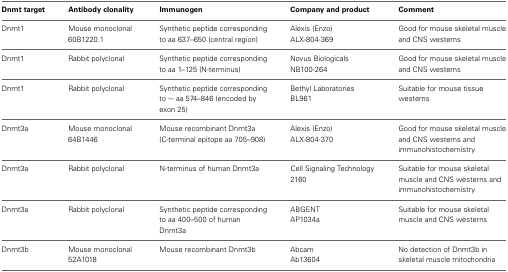
<table><thead><tr><td><b>Dnmt target</b></td><td><b>Antibody clonality</b></td><td><b>Immunogen</b></td><td><b>Company and product</b></td><td><b>Comment</b></td></tr></thead><tbody><tr><td>Dnmt1</td><td>Mouse monoclonal 60B1220.1</td><td>Synthetic peptide corresponding to aa 637–650 (central region)</td><td>Alexis (Enzo) ALX-804-369</td><td>Good for mouse skeletal muscle and CNS westerns</td></tr><tr><td>Dnmt1</td><td>Rabbit polyclonal</td><td>Synthetic peptide corresponding to aa 1–125 (N-terminus)</td><td>Novus Biologicals NB100-264</td><td>Good for mouse skeletal muscle and CNS westerns</td></tr><tr><td>Dnmt1</td><td>Rabbit polyclonal</td><td>Synthetic peptide corresponding to ~ aa 574–846 (encoded by exon 25)</td><td>Bethyl Laboratories BL961</td><td>Suitable for mouse tissue westerns</td></tr><tr><td>Dnmt3a</td><td>Mouse monoclonal 64B1446</td><td>Mouse recombinant Dnmt3a (C-terminal epitope aa 705–908)</td><td>Alexis (Enzo) ALX-804-370</td><td>Good for mouse skeletal muscle and CNS westerns and immunohistochemistry</td></tr><tr><td>Dnmt3a</td><td>Rabbit polyclonal</td><td>N-terminus of human Dnmt3a</td><td>Cell Signaling Technology 2160</td><td>Suitable for mouse skeletal muscle and CNS westerns and immunohistochemistry</td></tr><tr><td>Dnmt3a</td><td>Rabbit polyclonal</td><td>Synthetic peptide corresponding to aa 400–500 of human Dnmt3a</td><td>ABGENT AP1034a</td><td>Suitable for mouse skeletal muscle and CNS westerns</td></tr><tr><td>Dnmt3b</td><td>Mouse monoclonal 52A1018</td><td>Mouse recombinant Dnmt3b</td><td>Abcam Ab13604</td><td>No detection of Dnmt3b in skeletal muscle mitochondria</td></tr></tbody></table>